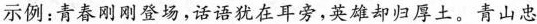
示例：青春刚刚登场，话语犹在耳边，英雄却归厚土。青山忠